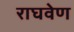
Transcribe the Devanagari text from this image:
राघवेण